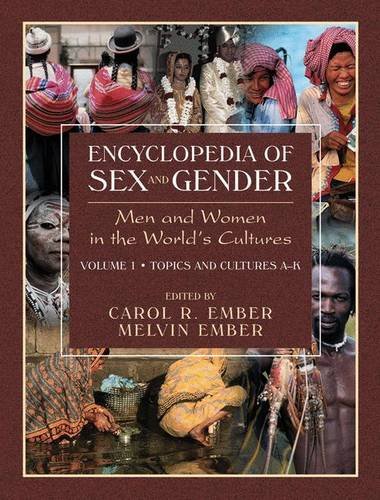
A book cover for Encyclopedia of Sex and Gender: Men and Women in the World's Cultures Topics and Cultures (2 Volumes); Gay & Lesbian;